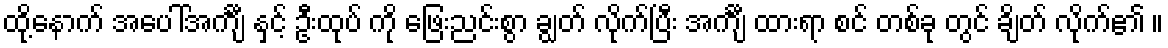
ထို့နောက် အပေါ်အင်္ကျီ နှင့် ဦးထုပ် ကို ဖြေးညင်းစွာ ချွတ် လိုက်ပြီး အင်္ကျီ ထားရာ စင် တစ်ခု တွင် ချိတ် လိုက်၏ ။